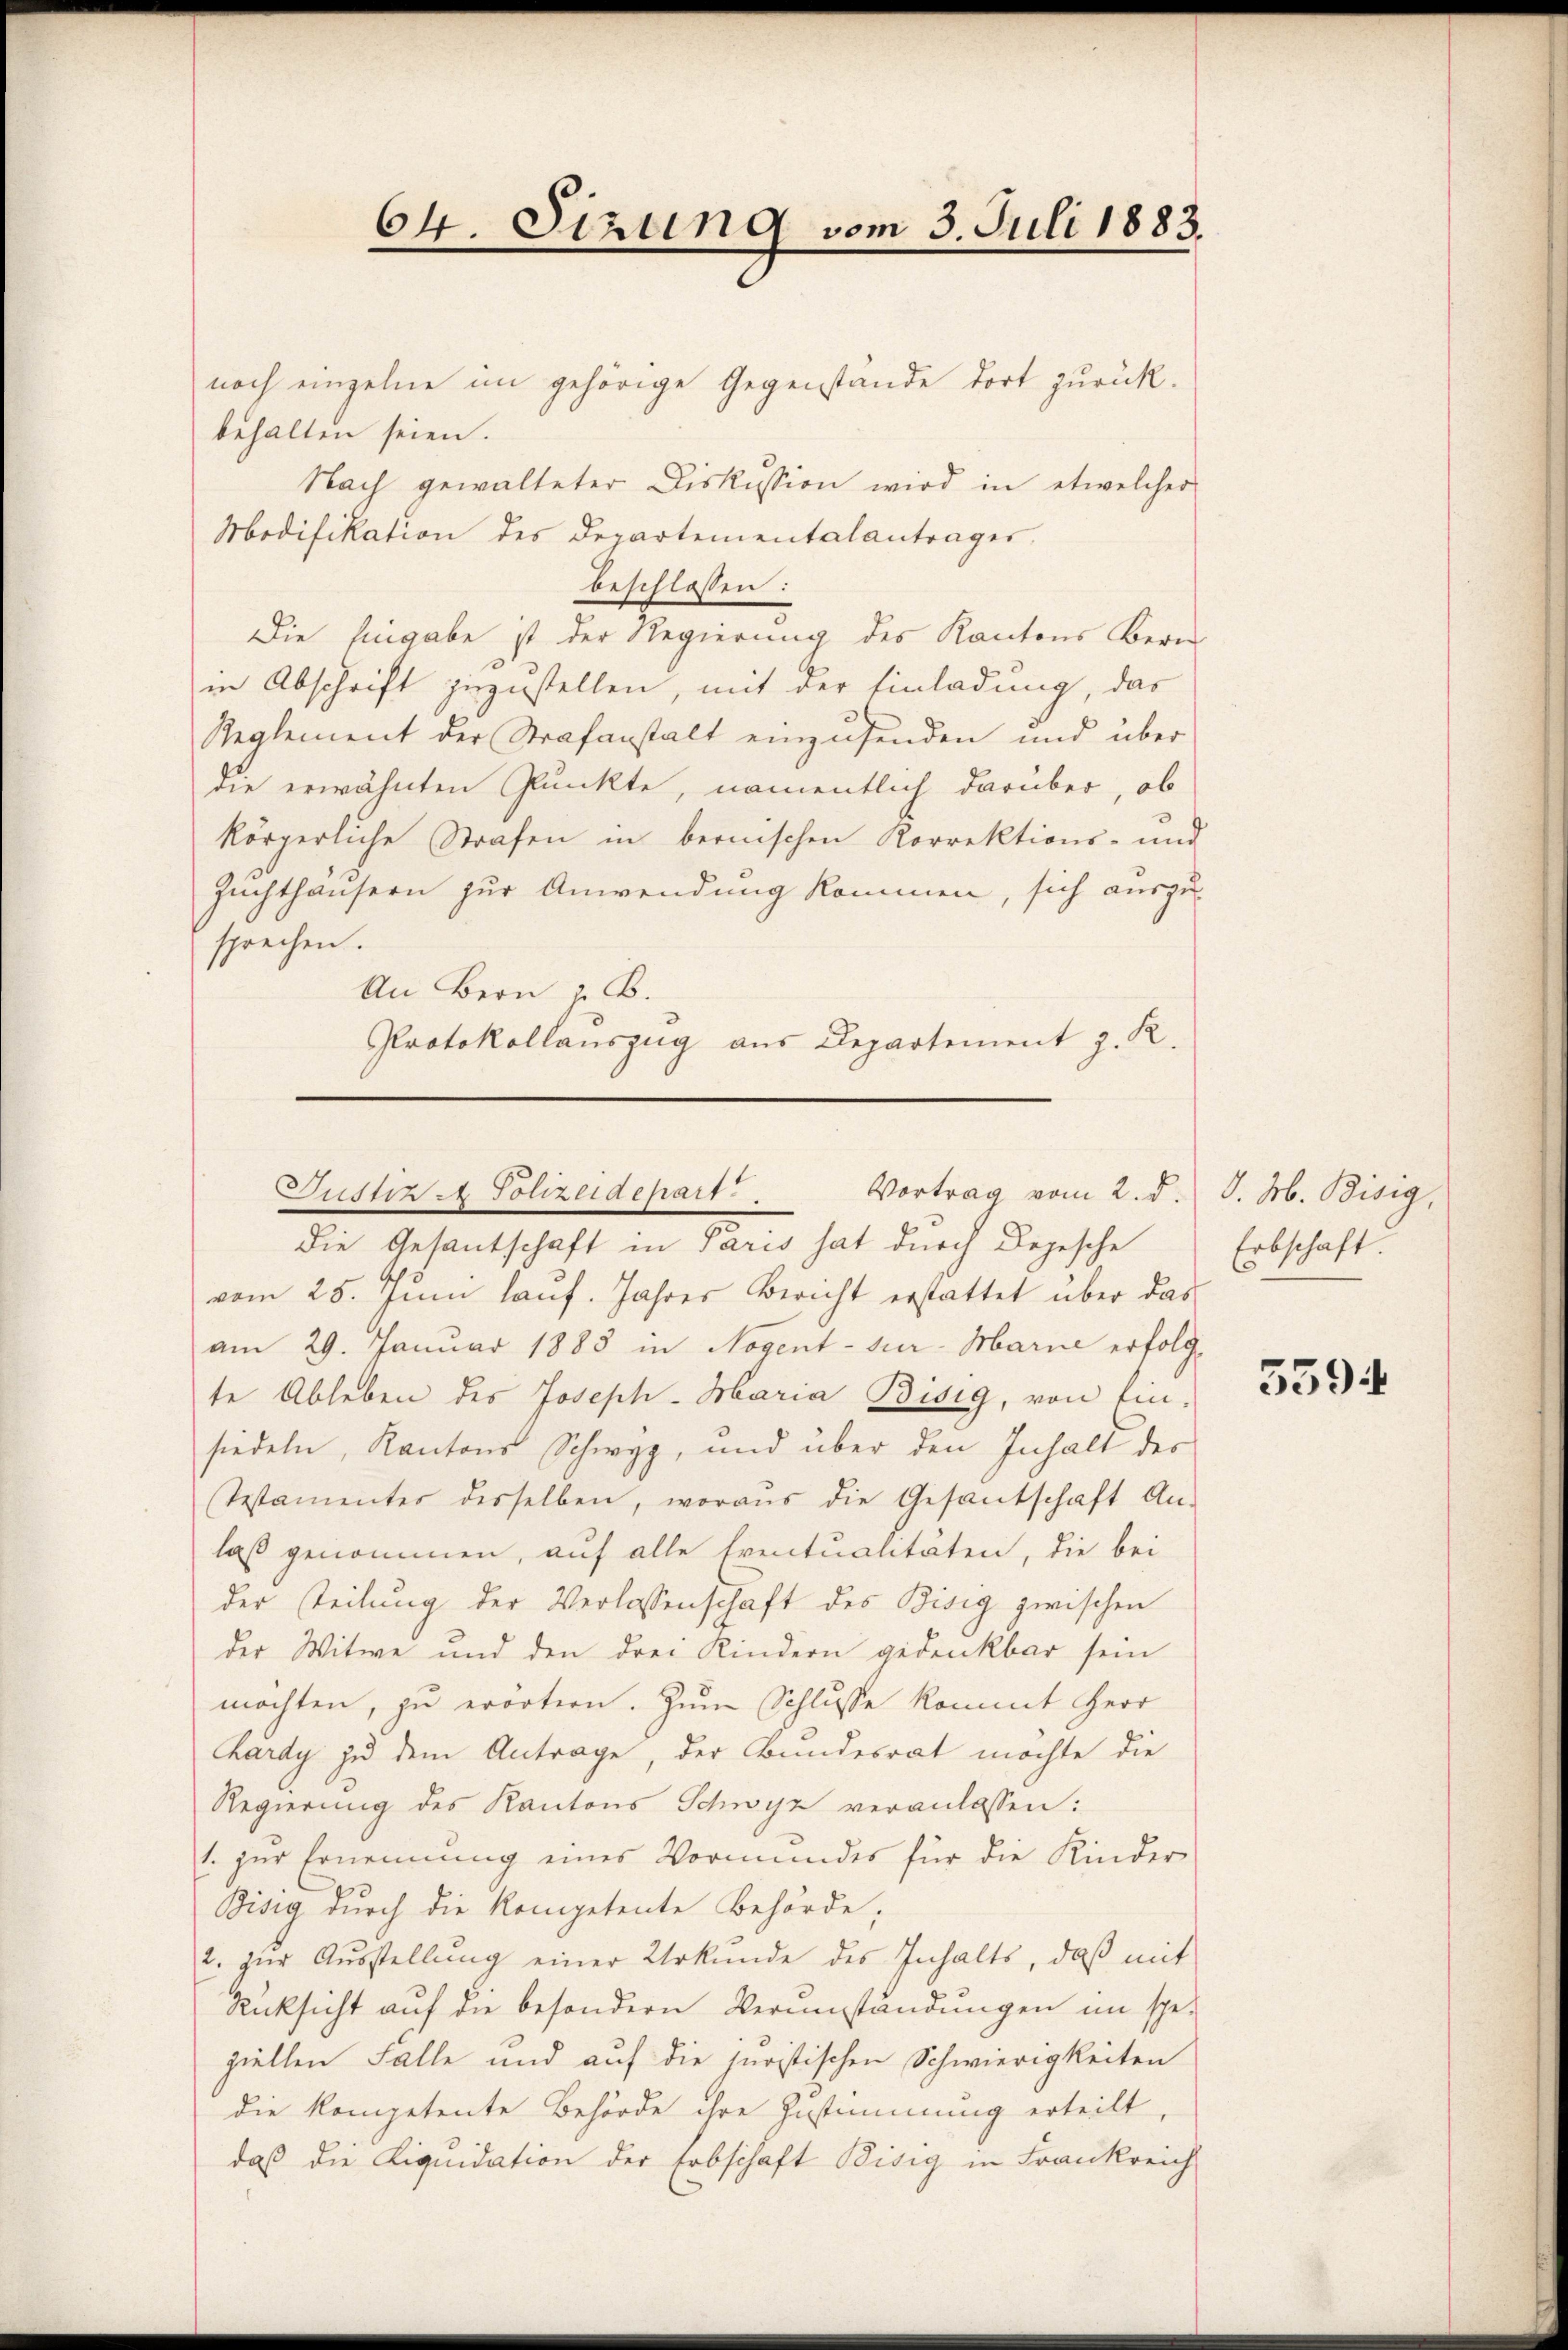
64. Sitzung vom 3. Juli 1883.

noch einzelne im gehörige Gegenstände dort zurück-
behalten seien.
Nach gewalteter Diskussion wird in etwelcher
Modifikation des Departementalanträger
beschlossen:
Die Eingabe ist der Regierung des Kantons Bern
in Abschrift zuzustellen, mit der Einladung, das
Reglement der Strafanstalt einzusenden und über
die erwähnten Punkte, namentlich darüber, ob
körperliche Strafen in bernischen Korrektions- und
Zuchthäusern zur Anwendung kommen, sich auszusprechen.
An Bern z. B.
Protokollauszug aus Departement z. R.

Justiz - Polizeidepart. Vortrag vom 2. d.
die Gesantschaft in Paris hat durch Begesche

vom 25. Juni lauf. Jahres Bericht erstattet über das
am 29. Januar 1883 in Nogent - zur Marie erfolg-
te Ableben des Joseph- Maria Bisig, von Ein-
siedeln, Kantons Schwyz, und über den Inhalt des
Testamentes desselben, woraus die Gesantschaft An-
laß genommen, auf alle Eventualitäten, die bei
der steilung der Verlassenschaft des Bisig zwischen
der Witwe und den drei Kindern gedenkbar sein
möchten, zu erörtern. Zum Schlusse kommt Herr
Kardy zu dem Antrage, der Bundesrat möchte die
Regierung des Kantons Schwyz veranlassen:
1. zur Ernennung eines Vormundes für die Kinder
Bisig durch die Kompetente Behörde;
2. zur Ausstellung einer Urkunde des Inhalts, daß mit
Rücksicht auf die besondern Verumstandungen im spe-
ziellen Falle und auf die juristischen Schwierigkeiten
die kompetente Behörde ihre Zustimmung erteilt,
daß die Liquidation der Erbschaft Bisig in Frankreich

d. M. Bisig,
Erbschaft.
.

5594